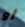
أو